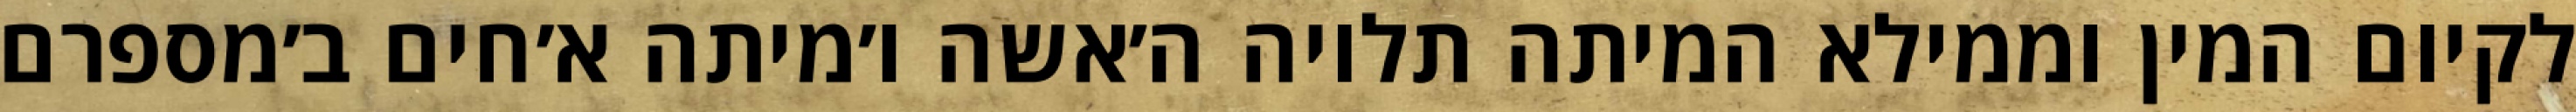
לקיום המין וממילא המיתה תלויה ה׳אשה ו׳מיתה א׳חים ב׳מספרם